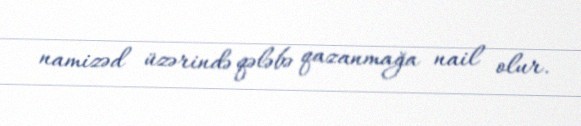
namizəd üzərində qələbə qazanmağa nail olur.